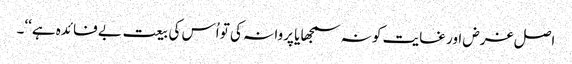
اصل غرض اور غایت کو نہ سمجھا یا پروا نہ کی تو اُس کی بیعت بے فائدہ ہے‘‘۔